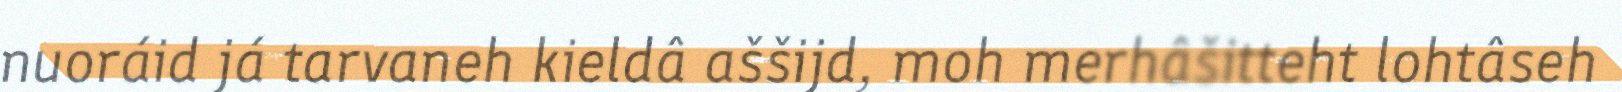
nuoráid já tarvaneh kieldâ aššijd, moh merhâšitteht lohtâseh